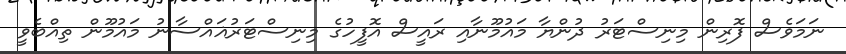
ނަމަވެސް ފޮރިން މިނިސްޓަރު ދުންޔާ މައުމޫނާއި ރައީސް އޮފީހުގެ މިނިސްޓަރުޣައްސާނު މައުމޫން ތިއްބެވީ